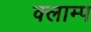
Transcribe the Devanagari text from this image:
क्लाम्प